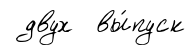
двух вы́пуск